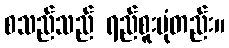
စသည်သည် ရည်စူးပုံတည်း။